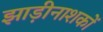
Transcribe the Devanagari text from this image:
झाड़ीनाशकों